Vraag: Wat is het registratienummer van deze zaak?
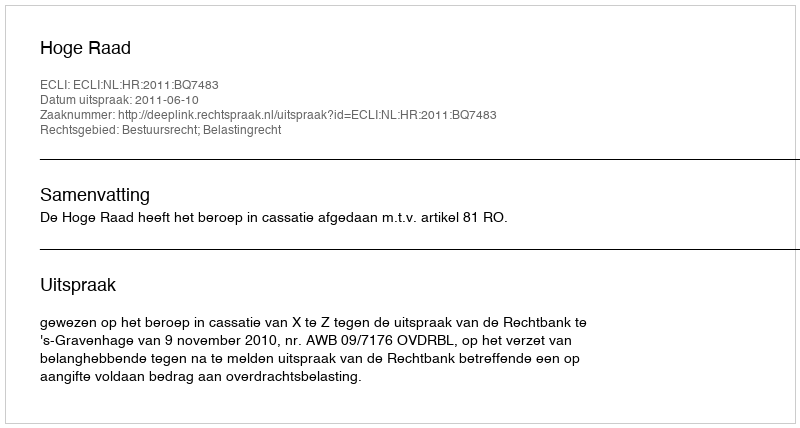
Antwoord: http://deeplink.rechtspraak.nl/uitspraak?id=ECLI:NL:HR:2011:BQ7483